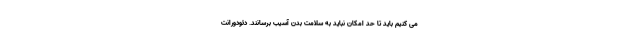
می کنیم باید تا حد امکان نباید به سلامت بدن آسیب برسانند. دئودورانت